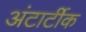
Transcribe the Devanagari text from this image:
अंटार्टीक